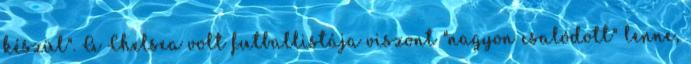
készül". A Chelsea volt futballistája viszont "nagyon csalódott" lenne,